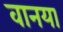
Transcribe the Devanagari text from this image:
वानया